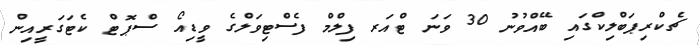
ޗެކްރިޕަބްލިކްގައި ބޭއްވުނު 30 ވަނަ ޓްއަރ ފިލްމް ފެސްޓިވަލްގެ ވީޑިއޯ ސްޕޮޓް ކެޓަގަރީއިން